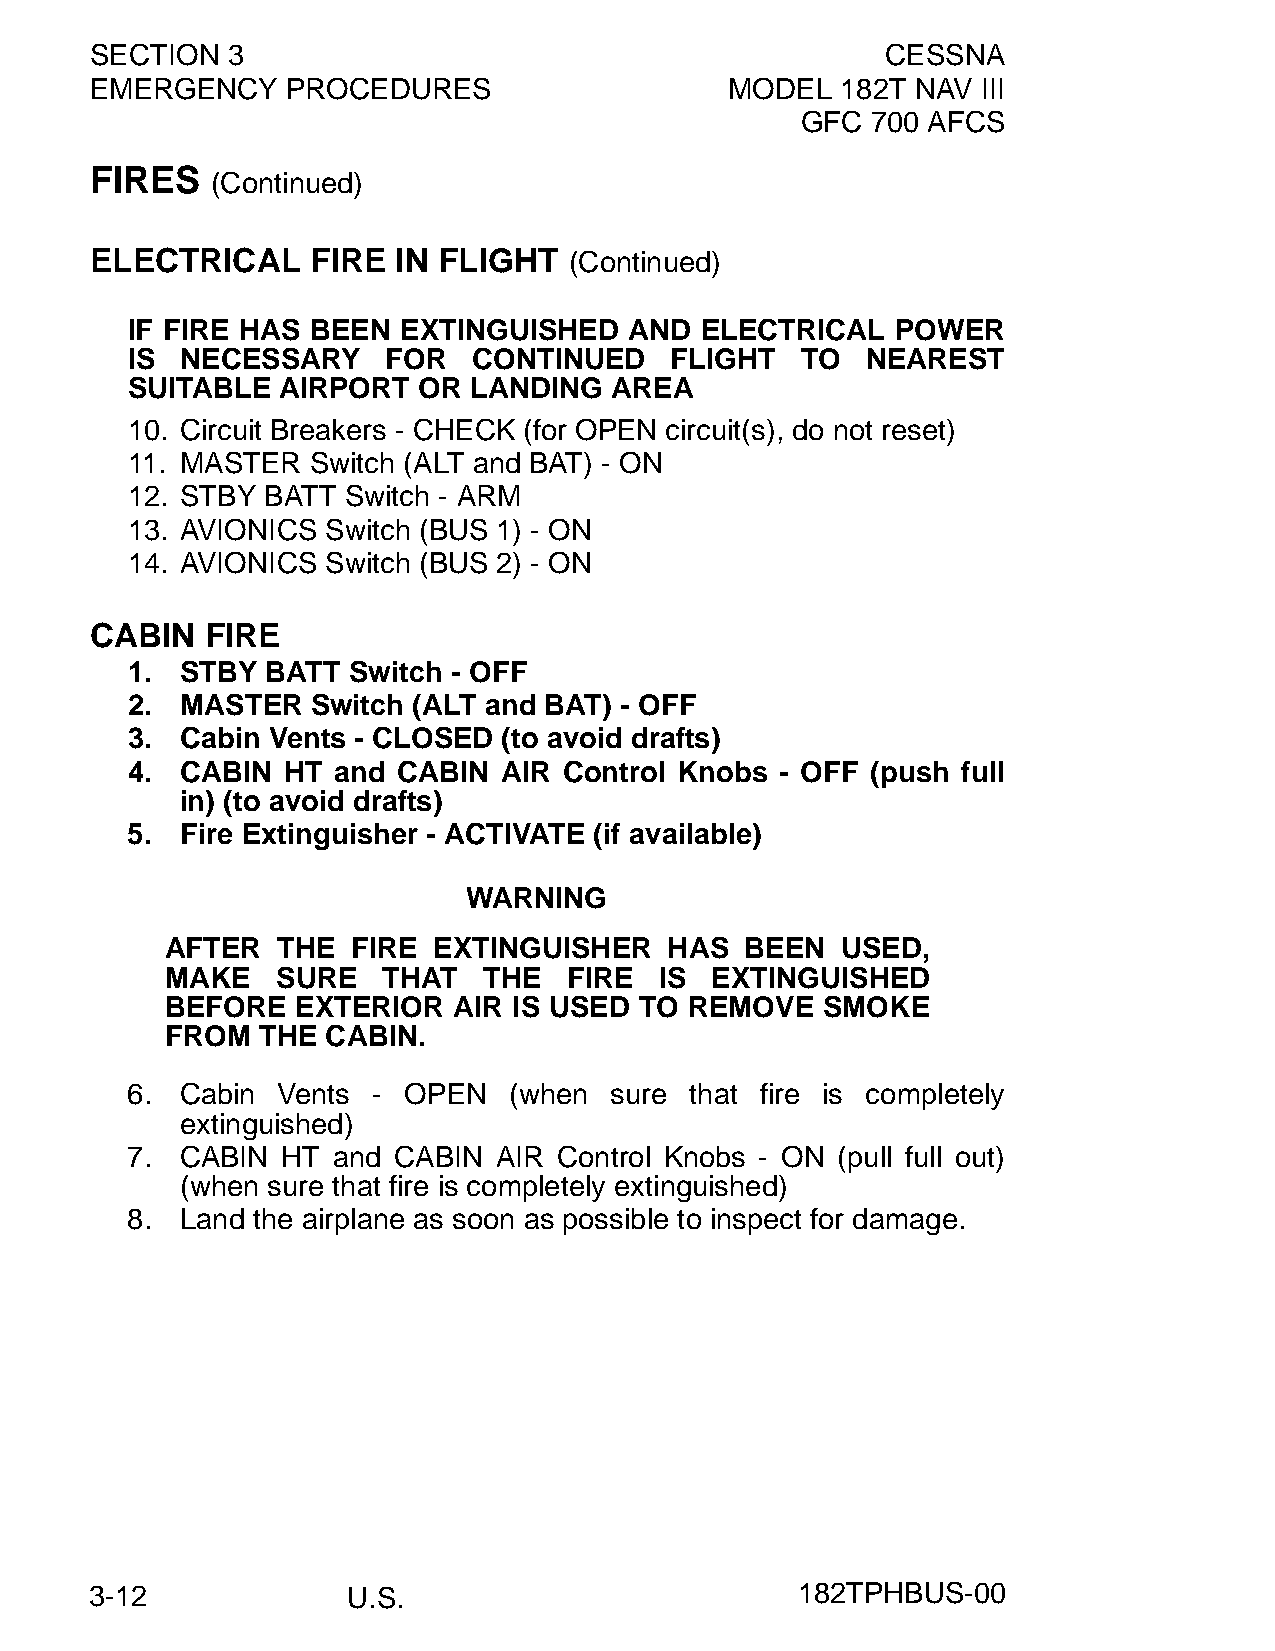
SECTION  3                                           CESSNA
 EMERGENCY    PROCEDURES                   MODEL   182T NAV III
 GFC  700 AFCS
 FIRES
 (Continued)
 ELECTRICAL     FIRE IN FLIGHT   (Continued)
 IF FIRE HAS  BEEN EXTINGUISHED    AND ELECTRICAL   POWER
 IS  NECESSARY     FOR  CONTINUED    FLIGHT   TO  NEAREST
 SUITABLE  AIRPORT   OR LANDING  AREA
 10. Circuit Breakers - CHECK (for OPEN circuit(s), do not reset)
 11. MASTER  Switch (ALT and BAT) - ON
 12. STBY BATT  Switch - ARM
 13. AVIONICS  Switch (BUS 1) - ON
 14. AVIONICS  Switch (BUS 2) - ON
 CABIN   FIRE
 1.  STBY  BATT Switch - OFF
 2.  MASTER   Switch (ALT and BAT) - OFF
 3.  Cabin Vents - CLOSED (to avoid drafts)
 4.  CABIN  HT and CABIN  AIR Control Knobs  - OFF (push full
 in) (to avoid drafts)
 5.  Fire Extinguisher - ACTIVATE (if available)
 WARNING
 AFTER  THE  FIRE  EXTINGUISHER   HAS  BEEN   USED,
 MAKE   SURE   THAT   THE   FIRE  IS EXTINGUISHED
 BEFORE   EXTERIOR  AIR IS USED TO  REMOVE  SMOKE
 FROM  THE  CABIN.
 6.  Cabin Vents  - OPEN   (when sure  that fire is completely
 extinguished)
 7.  CABIN  HT and CABIN  AIR Control Knobs - ON (pull full out)
 (when sure that fire is completely extinguished)
 8.  Land the airplane as soon as possible to inspect for damage.
 3-12             U.S.                          182TPHBUS-00